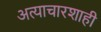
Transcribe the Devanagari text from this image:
अत्याचारशाही